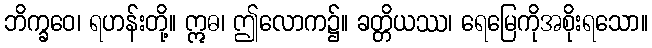
ဘိက္ခဝေ၊ ရဟန်းတို့။ ဣဓ၊ ဤလောက၌။ ခတ္တိယဿ၊ ရေမြေကိုအစိုးရသော။